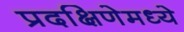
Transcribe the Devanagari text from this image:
प्रदक्षिणेमध्ये